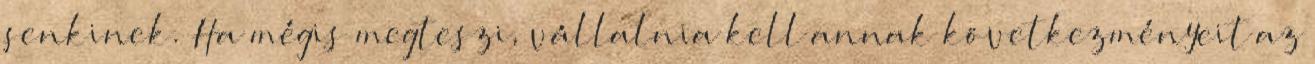
senkinek. Ha mégis megteszi, vállalnia kell annak következményeit az